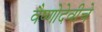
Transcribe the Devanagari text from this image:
वैष्णोदेवीचे